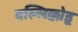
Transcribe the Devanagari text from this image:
वल्लिक्कोडू